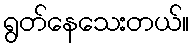
ရွတ်နေသေးတယ်။